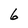
Character: 6